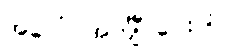
အပေါ် အင်္ကျီ ပေးပါ။